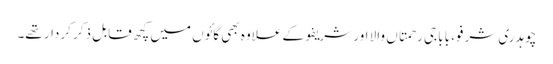
چوہدری شرفو، بابا جی رحمتاں والا اور شریفو کے علاوہ بھی گائوں میں کچھ قابلِ ذکر کردار تھے۔